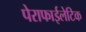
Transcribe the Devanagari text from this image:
पेराफाईलेटिक